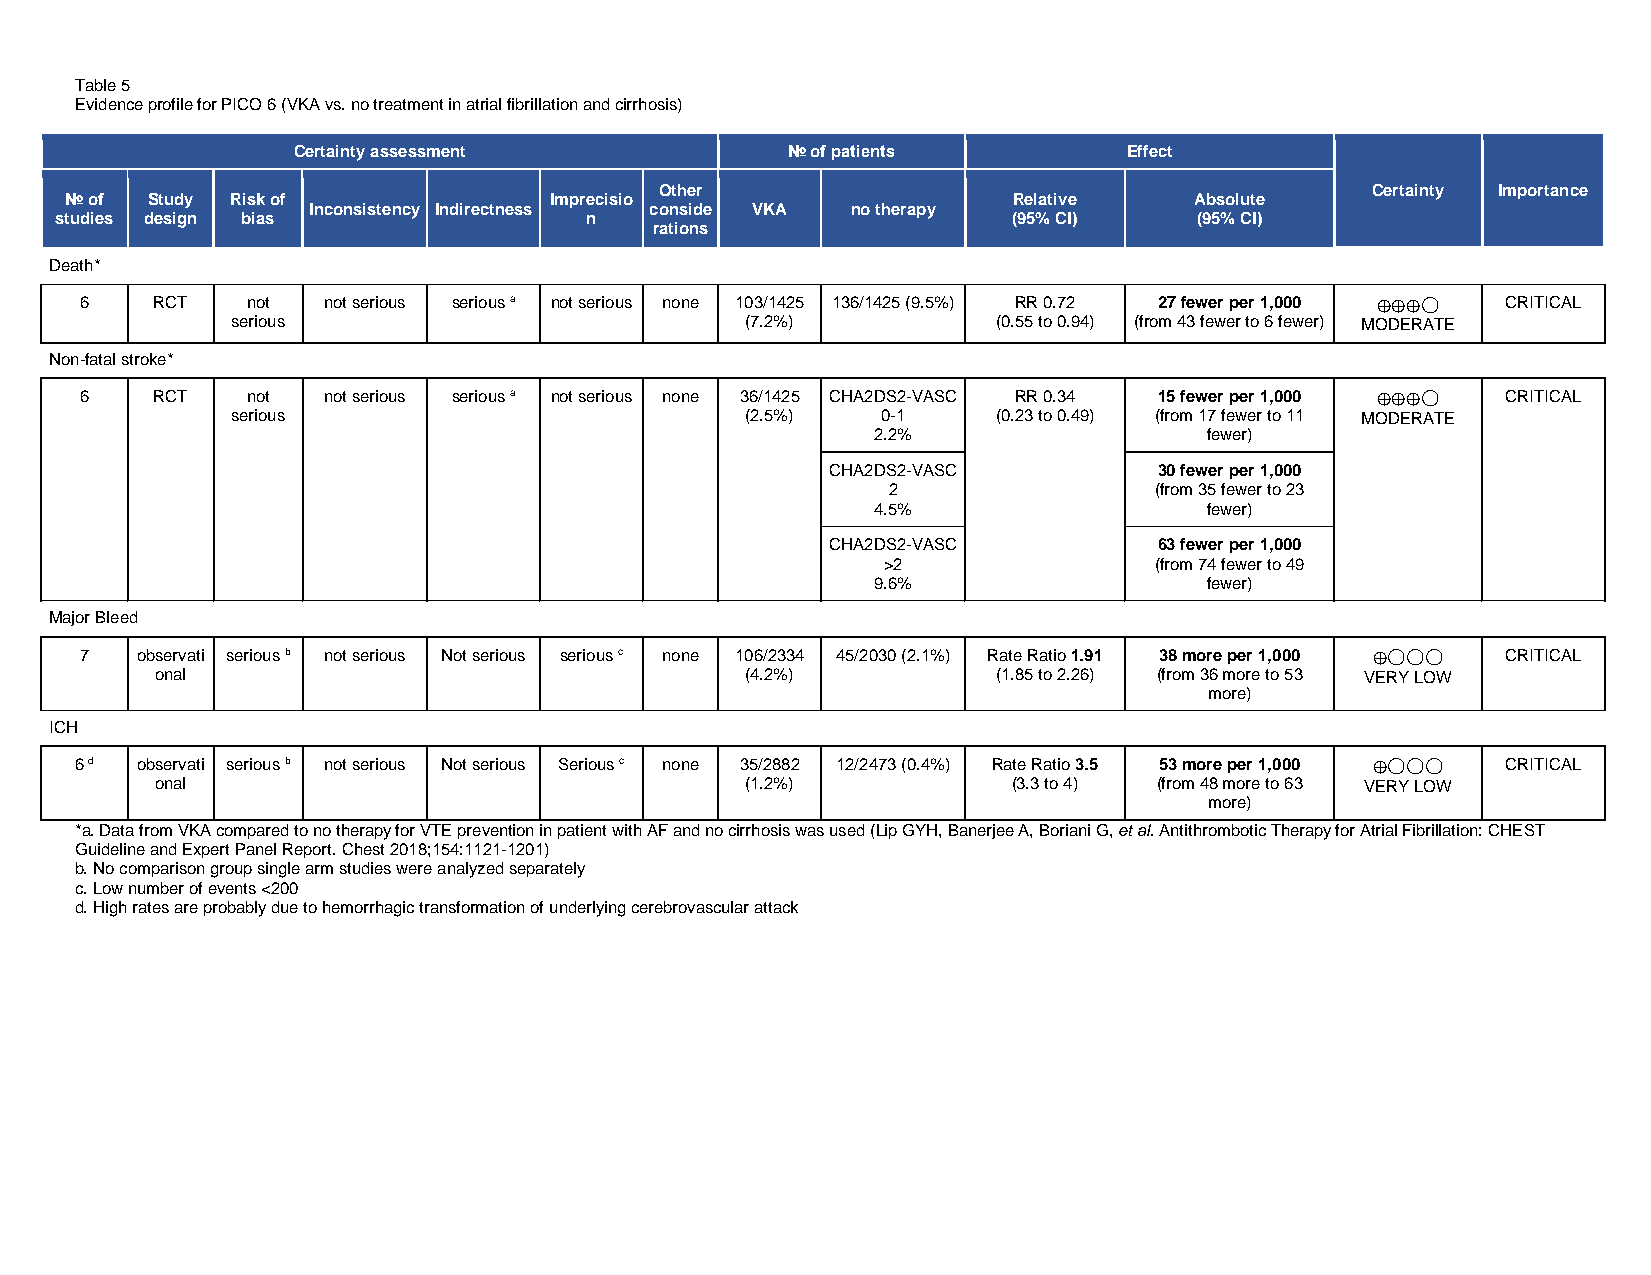
Table 5
 Evidence profile for PICO 6 (VKA vs. no treatment in atrial fibrillation and cirrhosis)
 Certainty assessment             № of patients          Effect
 Other                                          Certainty Importance
 № of  Study Risk of             Imprecisio                     Relative    Absolute
 Inconsistency Indirectness conside VKA no therapy
 studies design bias                n                           (95% CI)    (95% CI)
 rations
 Death*
 6    RCT   not  not serious serious a not serious none 103/1425 136/1425 (9.5%) RR 0.72 27 fewer per 1,000 CRITICAL
 ◯
 serious                           (7.2%)           (0.55 to 0.94) (from 43 fewer to 6 fewer) MODERATE
 ⨁⨁⨁
 Non-fatal stroke*
 6    RCT   not  not serious serious a not serious none 36/1425 CHA2DS2-VASC RR 0.34 15 fewer per 1,000 CRITICAL
 ◯
 serious                           (2.5%)   0-1     (0.23 to 0.49) (from 17 fewer to 11 MODERATE
 2.2%                  fewer)     ⨁⨁⨁
 CHA2DS2-VASC          30 fewer per 1,000
 2                (from 35 fewer to 23
 4.5%                  fewer)
 CHA2DS2-VASC          63 fewer per 1,000
 >2                (from 74 fewer to 49
 9.6%                  fewer)
 Major Bleed
 7   observati serious b not serious Not serious serious c none 106/2334 45/2030 (2.1%) Rate Ratio 1.91 38 more per 1,000 CRITICAL
 ◯◯◯
 onal                                   (4.2%)           (1.85 to 2.26) (from 36 more to 53 VERY LOW
 more)      ⨁
 ICH
 6 d observati serious b not serious Not serious Serious c none 35/2882 12/2473 (0.4%) Rate Ratio 3.5 53 more per 1,000 CRITICAL
 ◯◯◯
 onal                                   (1.2%)            (3.3 to 4) (from 48 more to 63 VERY LOW
 more)      ⨁
 *a. Data from VKA compared to no therapy for VTE prevention in patient with AF and no cirrhosis was used (Lip GYH, Banerjee A, Boriani G, et al. Antithrombotic Therapy for Atrial Fibrillation: CHEST
 Guideline and Expert Panel Report. Chest 2018;154:1121-1201)
 b. No comparison group single arm studies were analyzed separately
 c. Low number of events <200
 d. High rates are probably due to hemorrhagic transformation of underlying cerebrovascular attack